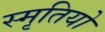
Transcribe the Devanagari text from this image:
स्मृतियो